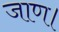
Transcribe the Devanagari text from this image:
जाण।